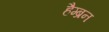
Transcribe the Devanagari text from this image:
हैम्ब्रन